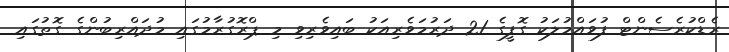
ރެޑްކުރެސެންޓް ފުވައްމުލަކު ގޮފީގެ 21 ދަރުމަވެރިއަކު ބައިވެރިވި މި ޕްރޮގުރާމުގައި މުދައްރިބުންގެ ގޮތުގައި